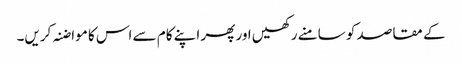
کے مقاصد کو سامنے رکھیں اور پھر اپنے کام سے اس کا مواضنہ کریں۔